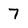
Character: 7